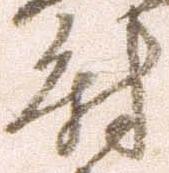
尉